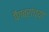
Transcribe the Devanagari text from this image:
पैंगबरांच्या